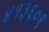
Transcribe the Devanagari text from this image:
४१३६०९